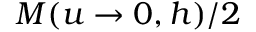
M ( u \rightarrow 0 , h ) / 2